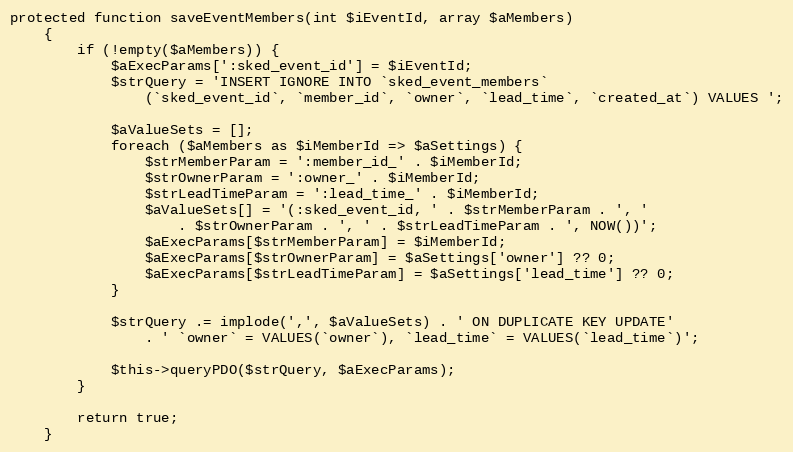
Language: PHP
protected function saveEventMembers(int $iEventId, array $aMembers)
    {
        if (!empty($aMembers)) {
            $aExecParams[':sked_event_id'] = $iEventId;
            $strQuery = 'INSERT IGNORE INTO `sked_event_members`
                (`sked_event_id`, `member_id`, `owner`, `lead_time`, `created_at`) VALUES ';

            $aValueSets = [];
            foreach ($aMembers as $iMemberId => $aSettings) {
                $strMemberParam = ':member_id_' . $iMemberId;
                $strOwnerParam = ':owner_' . $iMemberId;
                $strLeadTimeParam = ':lead_time_' . $iMemberId;
                $aValueSets[] = '(:sked_event_id, ' . $strMemberParam . ', '
                    . $strOwnerParam . ', ' . $strLeadTimeParam . ', NOW())';
                $aExecParams[$strMemberParam] = $iMemberId;
                $aExecParams[$strOwnerParam] = $aSettings['owner'] ?? 0;
                $aExecParams[$strLeadTimeParam] = $aSettings['lead_time'] ?? 0;
            }

            $strQuery .= implode(',', $aValueSets) . ' ON DUPLICATE KEY UPDATE'
                . ' `owner` = VALUES(`owner`), `lead_time` = VALUES(`lead_time`)';

            $this->queryPDO($strQuery, $aExecParams);
        }

        return true;
    }